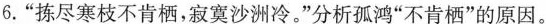
6.”拣尽寒枝不肯栖，寂寞沙洲冷。”分析孤鸿”不肯栖”的原因。